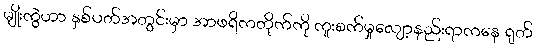
မျိုးကွဲဟာ နှစ်ပတ်အတွင်းမှာ အာဖရိကတိုက်ကို ကူးစက်မှုလျော့နည်းရာကနေ ရုတ်